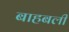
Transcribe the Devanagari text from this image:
बाहबली